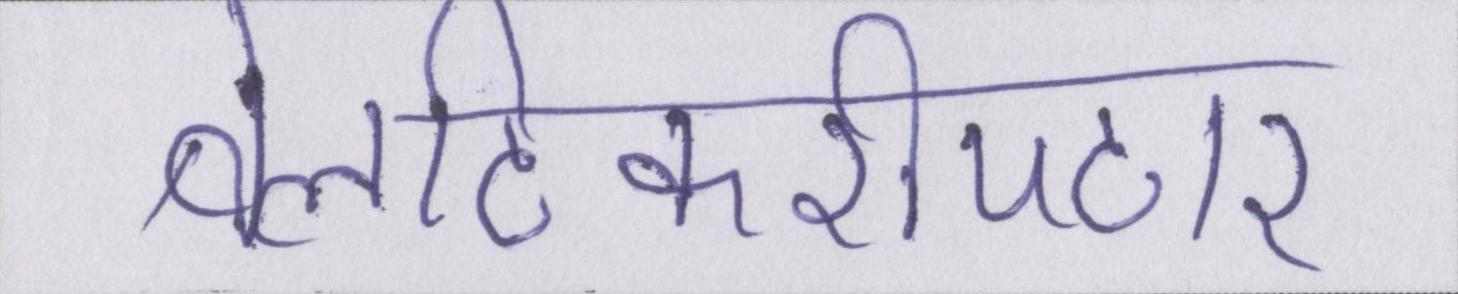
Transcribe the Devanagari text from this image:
बेलटिकरीपटार